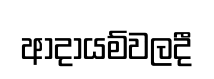
ආදායම්වලදී